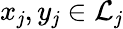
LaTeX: x_{\mathit{j}},y_{\mathit{j}}\in{\mathcal{{L}}}_{\mathit{j}}